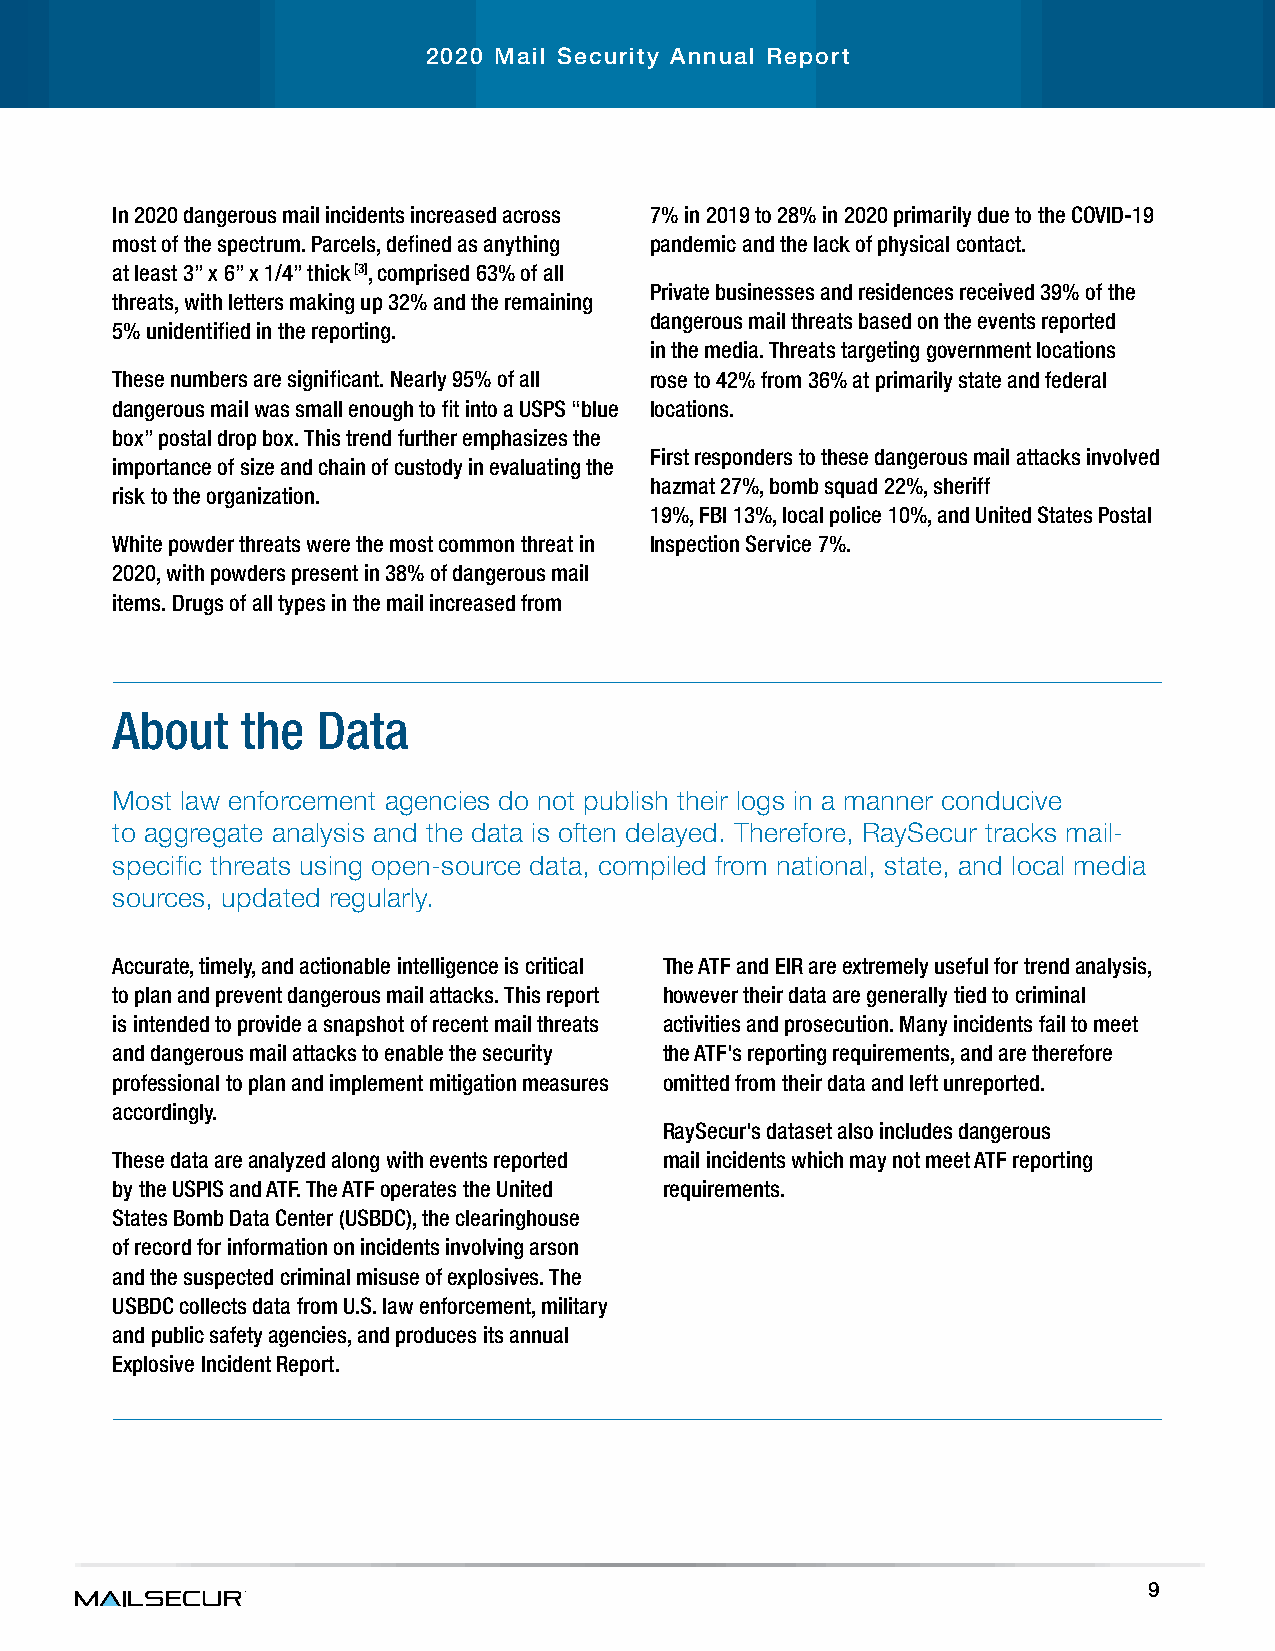
2020 Mail Security Annual Report
 In 2020 dangerous mail incidents increased across 7% in 2019 to 28% in 2020 primarily due to the COVID-19
 most of the spectrum. Parcels, defined as anything pandemic and the lack of physical contact.
 at least 3” x 6” x 1/4” thick [3], comprised 63% of all
 Private businesses and residences received 39% of the
 threats, with letters making up 32% and the remaining
 dangerous mail threats based on the events reported
 5% unidentified in the reporting.
 in the media. Threats targeting government locations
 These numbers are significant. Nearly 95% of all rose to 42% from 36% at primarily state and federal
 dangerous mail was small enough to fit into a USPS “blue locations.
 box” postal drop box. This trend further emphasizes the
 First responders to these dangerous mail attacks involved
 importance of size and chain of custody in evaluating the
 hazmat 27%, bomb squad 22%, sheriff
 risk to the organization.
 19%, FBI 13%, local police 10%, and United States Postal
 White powder threats were the most common threat in Inspection Service 7%.
 2020, with powders present in 38% of dangerous mail
 items. Drugs of all types in the mail increased from
 About    the  Data
 Most law enforcement agencies do not publish their logs in a manner conducive
 to aggregate analysis and the data is often delayed. Therefore, RaySecur tracks mail-
 specific threats using open-source data, compiled from national, state, and local media
 sources, updated regularly.
 Accurate, timely, and actionable intelligence is critical The ATF and EIR are extremely useful for trend analysis,
 to plan and prevent dangerous mail attacks. This report however their data are generally tied to criminal
 is intended to provide a snapshot of recent mail threats activities and prosecution. Many incidents fail to meet
 and dangerous mail attacks to enable the security the ATF's reporting requirements, and are therefore
 professional to plan and implement mitigation measures omitted from their data and left unreported.
 accordingly.
 RaySecur's dataset also includes dangerous
 These data are analyzed along with events reported mail incidents which may not meet ATF reporting
 by the USPIS and ATF. The ATF operates the United requirements.
 States Bomb Data Center (USBDC), the clearinghouse
 of record for information on incidents involving arson
 and the suspected criminal misuse of explosives. The
 USBDC collects data from U.S. law enforcement, military
 and public safety agencies, and produces its annual
 Explosive Incident Report.
 9